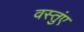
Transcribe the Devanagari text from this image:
वस्तुंए